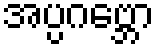
အပ္ပဂဗ္ဘော